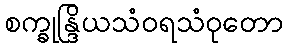
စက္ခုန္ဒြိယသံဝရသံဝုတော